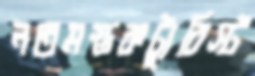
নতমস্তকট্যুরিস্ট